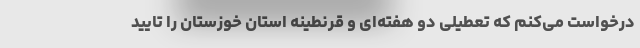
درخواست می‌کنم که تعطیلی دو هفته‌ای و قرنطینه استان خوزستان را تایید